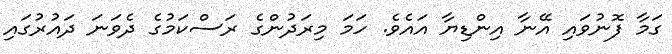
ގަމާ ފޮނުވައި އޭނާ އިންޑިޔާ އައެވެ. ހަމަ މިރަދުންގެ ރަސްކަމުގެ ދެވަނަ ދައުރުގައި